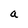
Character: a